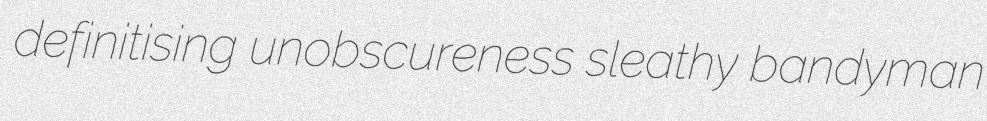
definitising unobscureness sleathy bandyman